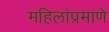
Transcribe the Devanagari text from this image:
महिलांप्रमाणे